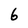
Character: 6